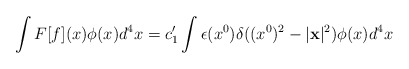
\begin{align*}\int F[f](x) \phi (x) d^{4}x =c_{1}^{\prime } \int \epsilon (x^{0}) \delta ((x^{0})^{2} - |{\bf x}|^{2}) \phi (x) d^{4}x\end{align*}